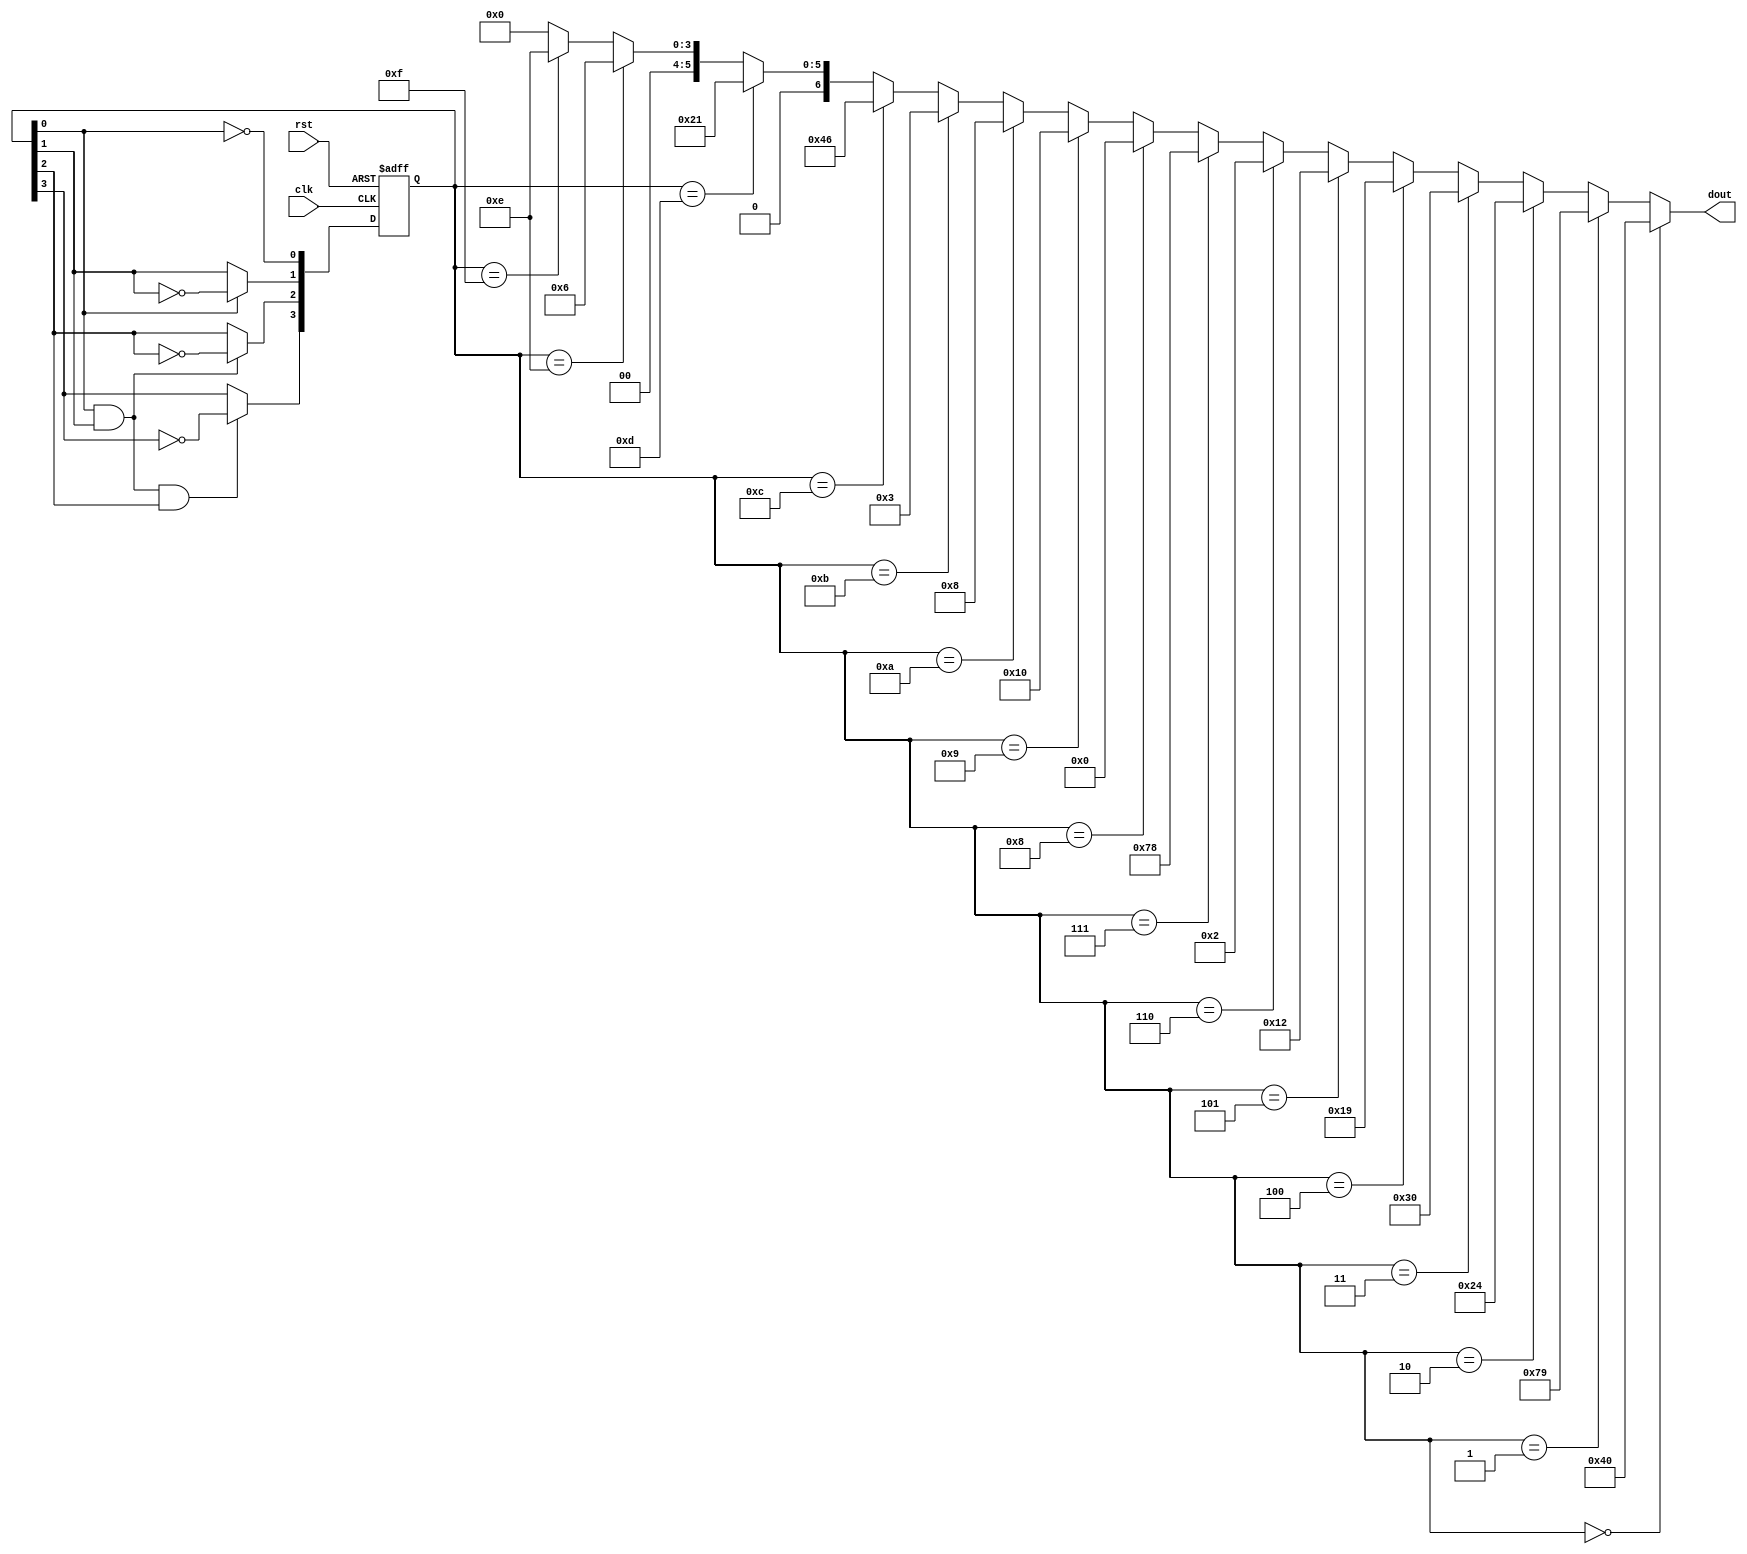
module counter1(clk,rst,dout);
input clk,rst;
output [6:0] dout;
reg [3:0] q;

initial
begin
	q<=0;
end

always @(negedge rst or negedge clk)
begin
	if (~rst) q<=4'b0000;
	else begin
			q[0]<=~q[0];
			if (q[0]) q[1]<=~q[1];
			if (q[0] && q[1]) q[2]<=~q[2];
			if (q[0] && q[1] && q[2]) q[3]<=~q[3];
		 end
end

assign	dout=(q==4'h0)?7'b1000000:
             (q==4'h1)?7'b1111001:
             (q==4'h2)?7'b0100100:
             (q==4'h3)?7'b0110000:
             (q==4'h4)?7'b0011001:
             (q==4'h5)?7'b0010010:
             (q==4'h6)?7'b0000010:
             (q==4'h7)?7'b1111000:
             (q==4'h8)?7'b0000000:
             (q==4'h9)?7'b0010000:
			 (q==4'hA)?7'b0001000:
			 (q==4'hB)?7'b0000011:
			 (q==4'hC)?7'b1000110:
			 (q==4'hD)?7'b0100001:
			 (q==4'hE)?7'b0000110:
			 (q==4'hF)?7'b0001110:7'b0;
endmodule